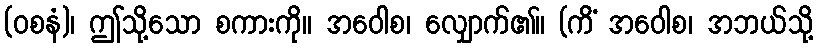
(ဝစနံ)၊ ဤသို့သော စကားကို။ အဝေါစ၊ လျှောက်၏။ (ကိံ အဝေါစ၊ အဘယ်သို့